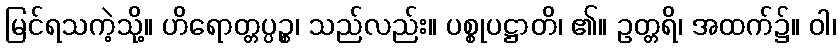
မြင်ရသကဲ့သို့။ ဟိရောတ္တပ္ပဉ္စ၊ သည်လည်း။ ပစ္စုပဋ္ဌာတိ၊ ၏။ ဥတ္တရိ၊ အထက်၌။ ဝါ၊